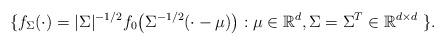
LaTeX: \begin{align*}\{f_\Sigma(\cdot)=|\Sigma|^{-1/2} f_0\bigl(\Sigma^{-1/2}(\cdot - \mu)\bigr): \mu \in \mathbb{R}^d, \Sigma=\Sigma^T \in \mathbb{R}^{d \times d} \ \}.\end{align*}